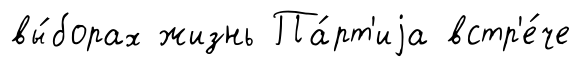
вы́борах жизнь Па́рт'иjа встр'е́че